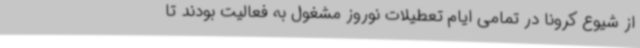
از شیوع کرونا در تمامی ایام تعطیلات نوروز مشغول به فعالیت بودند تا